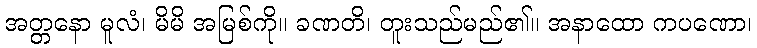
အတ္တနော မူလံ၊ မိမိ အမြစ်ကို။ ခဏတိ၊ တူးသည်မည်၏။ အနာထော ကပဏော၊